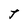
Character: t